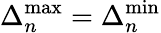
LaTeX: \Delta_{n}^{\mathrm{max}}=\Delta_{n}^{\mathrm{min}}